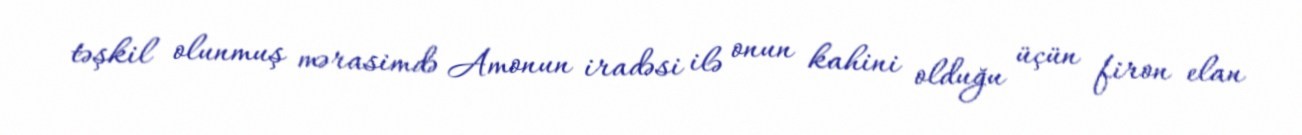
təşkil olunmuş mərasimdə Amonun iradəsi ilə onun kahini olduğu üçün firon elan